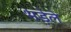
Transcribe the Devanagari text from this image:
भड़ेले